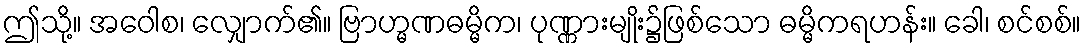
ဤသို့။ အဝေါစ၊ လျှောက်၏။ ဗြာဟ္မဏဓမ္မိက၊ ပုဏ္ဏားမျိုး၌ဖြစ်သော ဓမ္မိကရဟန်း။ ခေါ၊ စင်စစ်။